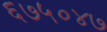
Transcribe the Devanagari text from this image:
६७५०४७